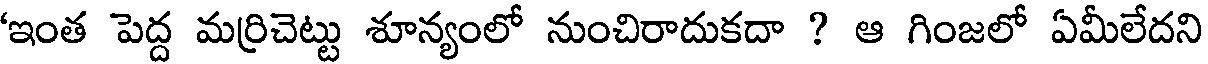
'ఇంత పెద్ద మర్రిచెట్టు శూన్యంలో నుంచిరాదుకదా ? ఆ గింజలో ఏమీలేదని